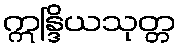
ဣန္ဒြိယသုတ္တ